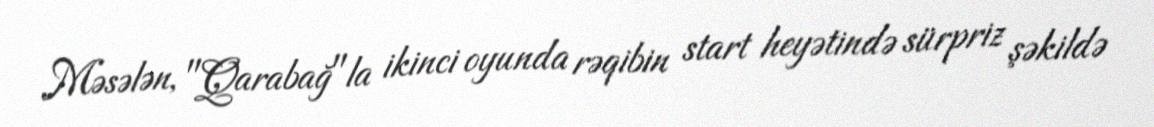
Məsələn, "Qarabağ"la ikinci oyunda rəqibin start heyətində sürpriz şəkildə